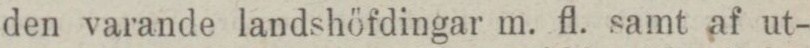
den varande landshöfdingar m. fl. samt af ut-